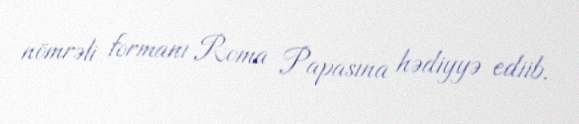
nömrəli formanı Roma Papasına hədiyyə ediib.